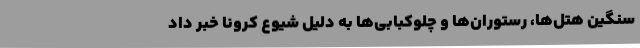
سنگین هتل‌ها، رستوران‌ها و چلوکبابی‌ها به دلیل شیوع کرونا خبر داد